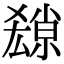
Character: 𡮱